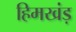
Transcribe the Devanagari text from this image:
हिमखंड़